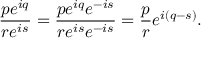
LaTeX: { \frac { p e ^ { i q } } { r e ^ { i s } } } = { \frac { p e ^ { i q } e ^ { - i s } } { r e ^ { i s } e ^ { - i s } } } = { \frac { p } { r } } e ^ { i ( q - s ) } .